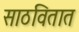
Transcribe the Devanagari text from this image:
साठवितात